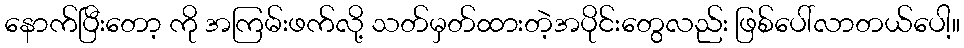
နောက်ပြီးတော့ ကို အကြမ်းဖက်လို့ သတ်မှတ်ထားတဲ့အပိုင်းတွေလည်း ဖြစ်ပေါ်လာတယ်ပေါ့။